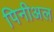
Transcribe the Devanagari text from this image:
पिनीअल